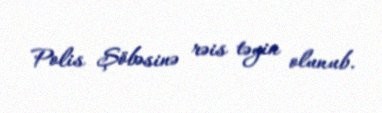
Polis Şöbəsinə rəis təyin olunub.